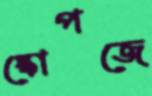
স্কোপজে